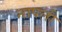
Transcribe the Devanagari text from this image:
नापली